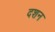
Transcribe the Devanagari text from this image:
दशन